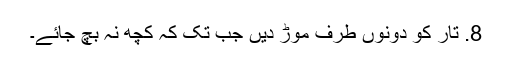
8. تار کو دونوں طرف موڑ دیں جب تک کہ کچھ نہ بچ جائے۔